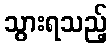
သွားရသည့်